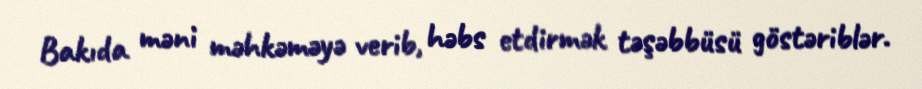
Bakıda məni məhkəməyə verib, həbs etdirmək təşəbbüsü göstəriblər.